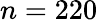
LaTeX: n=220